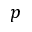
\boldsymbol { p }